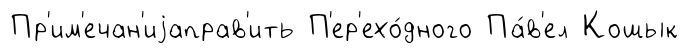
Пр'им'ечан'иjаправ'ить П'ер'ехо́дного Па́в'ел Кошык